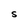
Character: S